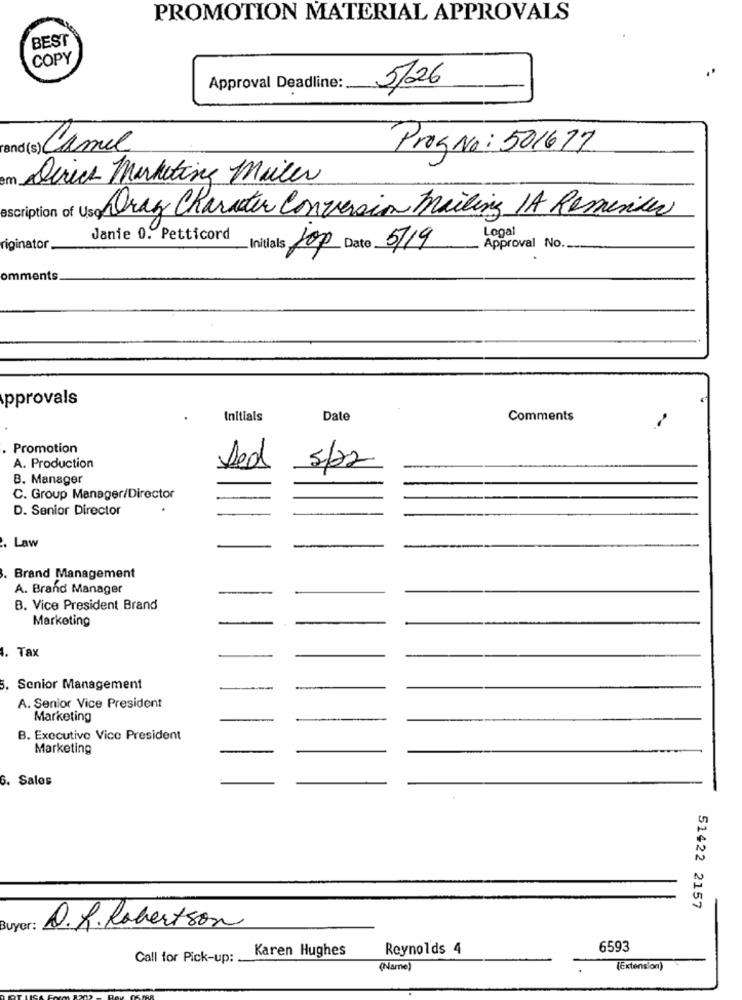
PROMOTION MATERIAL APPROVALS
BEST
COPY
Approval Deadline:
5/26
Camel
ProgNo: 501677
em Direct Marketing Mailer
escription of Uso Drag Character Conversion Mailing IA Reminder
Logal
Janie 0. Petticord
riginator
Initials Jop Dato 5719
Approval No.
omments
approvals
Initials
Date
Comments
Promotion
A. Production
Ded
5/22
B. Manager
C. Group Manager/Director
D. Senior Director
Law
Brand Management
A. Brand Manager
B. Vice President Brand
Marketing
4. Tax
5. Senior Management
A. Senior Vice President
Marketing
B. Executive Vice President
Marketing
6. Salos
51422 2157
Buyer:
D.R. Robertson
Reynolds 4
6593
Call for Pick-up:
Karen Hughes
(Name)
[Extension)